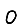
Digit: 0